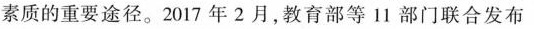
素质的重要途径。2017年2月，教育部等11部门联合发布